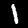
Label: 1